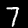
Label: 7